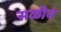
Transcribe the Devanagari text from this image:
सळीने